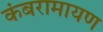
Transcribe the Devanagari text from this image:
कंबरामायण